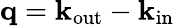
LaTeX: {\mathbf q}={\mathbf k}_{\mathrm{out}}-{\mathbf k}_{\mathrm{in}}